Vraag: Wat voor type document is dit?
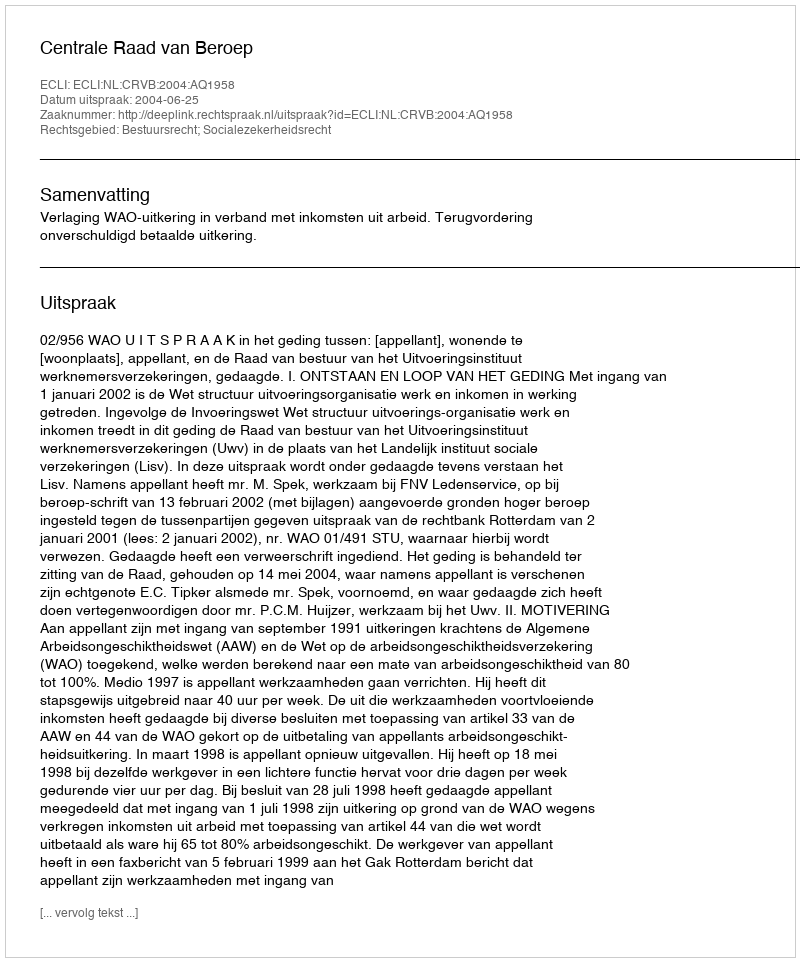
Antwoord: Uitspraak